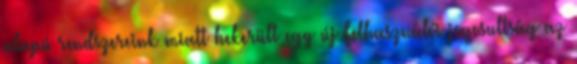
alapú rendszereink miatt bekerült egy új Felhasználói jogosultság az